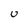
Character: U